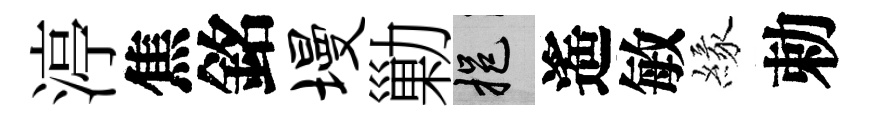
渟焦銘墁勦挹遙敏緣勅